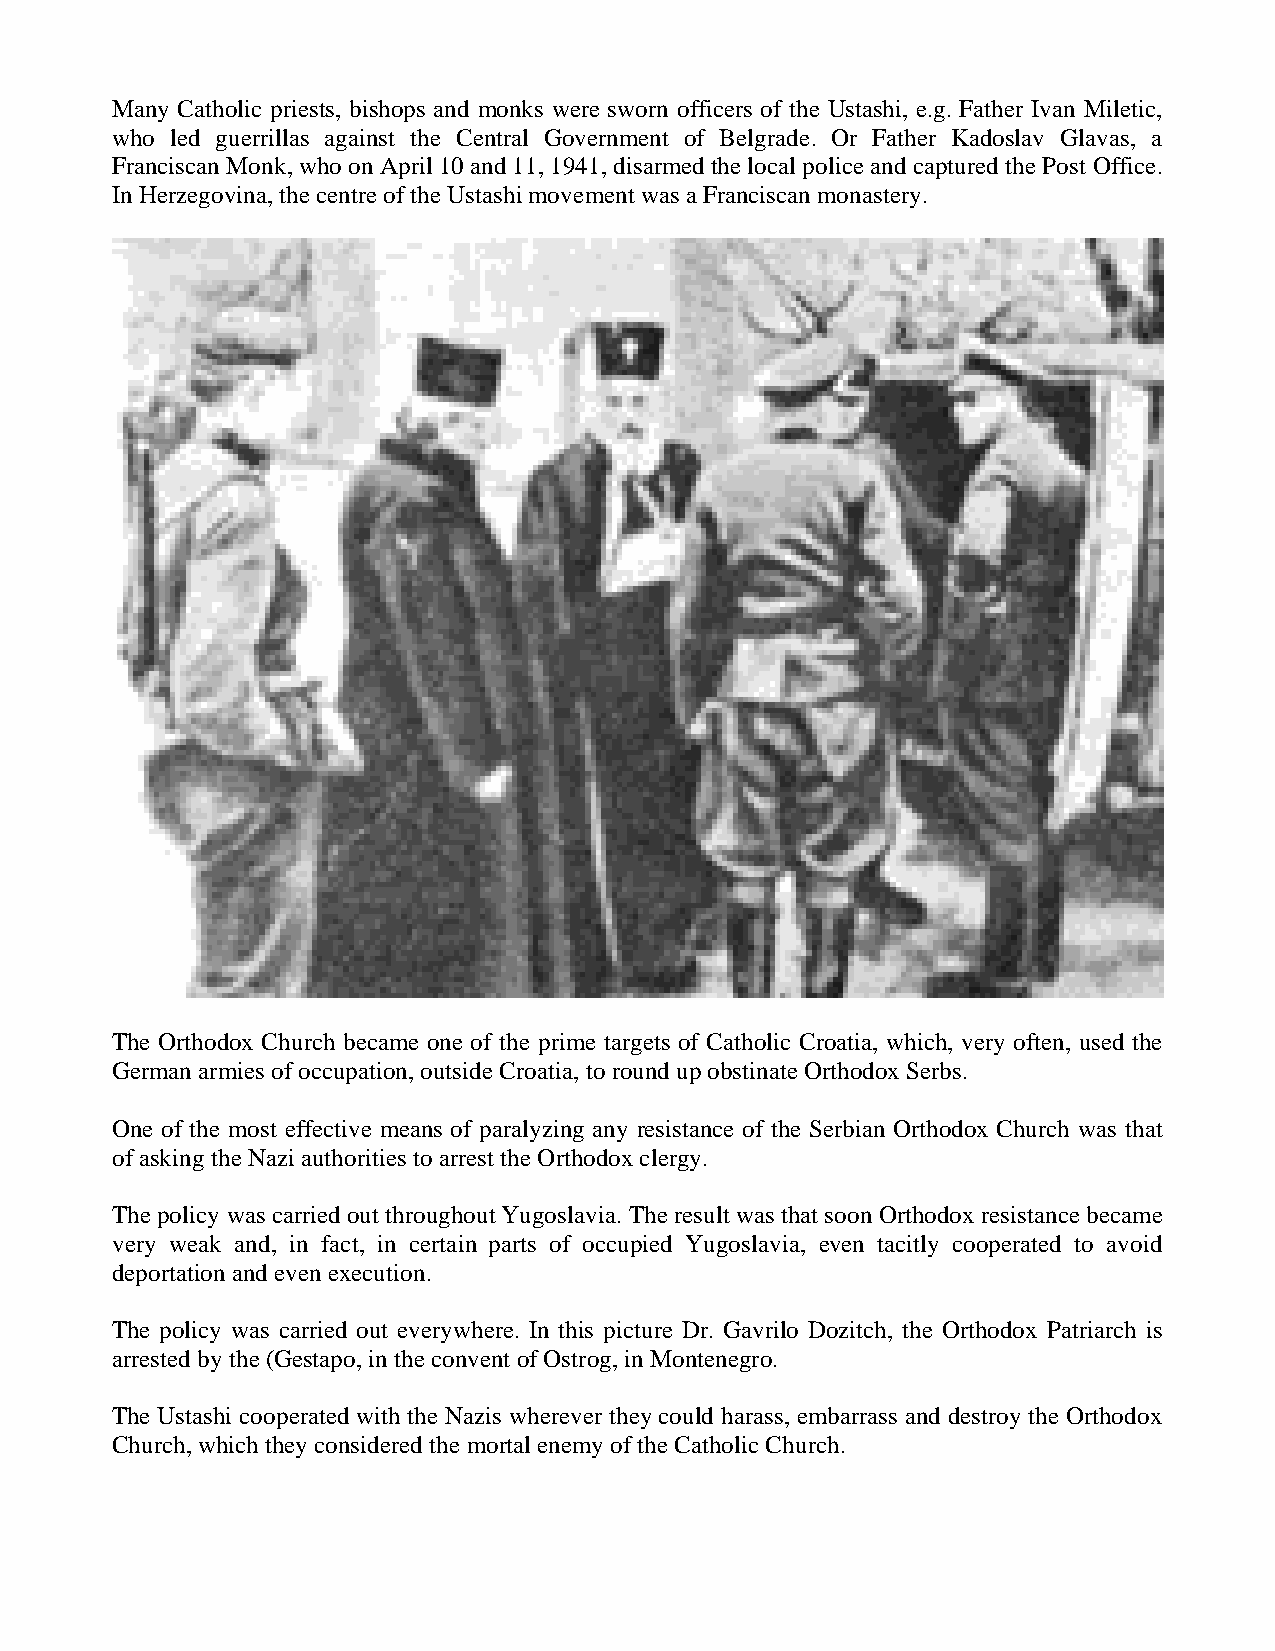
Many Catholic priests, bishops and monks were sworn officers of the Ustashi, e.g. Father Ivan Miletic,
 who led guerrillas against the Central Government of Belgrade. Or Father Kadoslav Glavas, a
 Franciscan Monk, who on April 10 and 11, 1941, disarmed the local police and captured the Post Office.
 In Herzegovina, the centre of the Ustashi movement was a Franciscan monastery.
 The Orthodox Church became one of the prime targets of Catholic Croatia, which, very often, used the
 German armies of occupation, outside Croatia, to round up obstinate Orthodox Serbs.
 One of the most effective means of paralyzing any resistance of the Serbian Orthodox Church was that
 of asking the Nazi authorities to arrest the Orthodox clergy.
 The policy was carried out throughout Yugoslavia. The result was that soon Orthodox resistance became
 very weak and, in fact, in certain parts of occupied Yugoslavia, even tacitly cooperated to avoid
 deportation and even execution.
 The policy was carried out everywhere. In this picture Dr. Gavrilo Dozitch, the Orthodox Patriarch is
 arrested by the (Gestapo, in the convent of Ostrog, in Montenegro.
 The Ustashi cooperated with the Nazis wherever they could harass, embarrass and destroy the Orthodox
 Church, which they considered the mortal enemy of the Catholic Church.